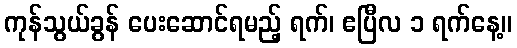
ကုန်သွယ်ခွန် ပေးဆောင်ရမည့် ရက်၊ ဧပြီလ ၁ ရက်နေ့။